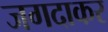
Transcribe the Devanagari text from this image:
जगदाकर